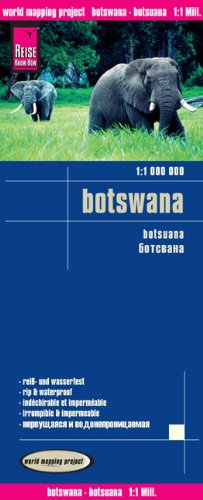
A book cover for Botswana = Botsuana = Botsvana; Reise Know-How Verlag; Travel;